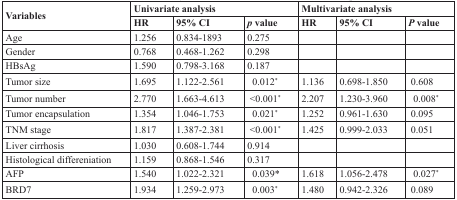
| <ROWSPAN=2> Variables | <COLSPAN=3> Univariate analysis | <COLSPAN=3> Multivariate analysis |
 | HR | 95% CI | p value | HR | 95% CI | P value |
 | --- | --- | --- | --- | --- | --- | --- |
 | Age | 1.256 | 0.834-1893 | 0.275 |  |  |  |
 | Gender | 0.768 | 0.468-1.262 | 0.298 |  |  |  |
 | HBsAg | 1.590 | 0.798-3.168 | 0.187 |  |  |  |
 | Tumor size | 1.695 | 1.122-2.561 | 0.012* | 1.136 | 0.698-1.850 | 0.608 |
 | Tumor number | 2.770 | 1.663-4.613 | <0.001* | 2.207 | 1.230-3.960 | 0.008* |
 | Tumor encapsulation | 1.354 | 1.046-1.753 | 0.021* | 1.252 | 0.961-1.630 | 0.095 |
 | TNM stage | 1.817 | 1.387-2.381 | <0.001* | 1.425 | 0.999-2.033 | 0.051 |
 | Liver cirrhosis | 1.030 | 0.608-1.744 | 0.914 |  |  |  |
 | Histological differeniation | 1.159 | 0.868-1.546 | 0.317 |  |  |  |
 | AFP | 1.540 | 1.022-2.321 | 0.039* | 1.618 | 1.056-2.478 | 0.027* |
 | BRD7 | 1.934 | 1.259-2.973 | 0.003* | 1.480 | 0.942-2.326 | 0.089 |